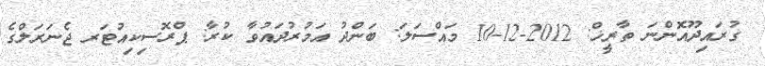
ގުރައިދޫއޮންނަ ތާރީޚް: 2012-12-10 މައްސަލަ: ބަންދު އަމުރުދައުވާ ކުރާ: ޕްރޮސިކިއުޓަރ ޖެނަރަލްގެ